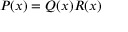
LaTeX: P ( x ) = Q ( x ) R ( x )